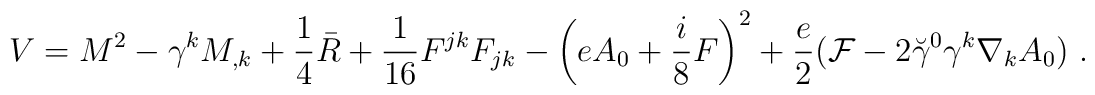
V=M^2-\gamma^k M_{,k}+\frac 14 \bar{R}+{1 \over 16} F^{jk}F_{jk}-\left(eA_0+\frac i8F\right)^2+{e \over 2} ({\cal F}-2\breve{\gamma}^0\gamma^k\nabla_k A_0)~.